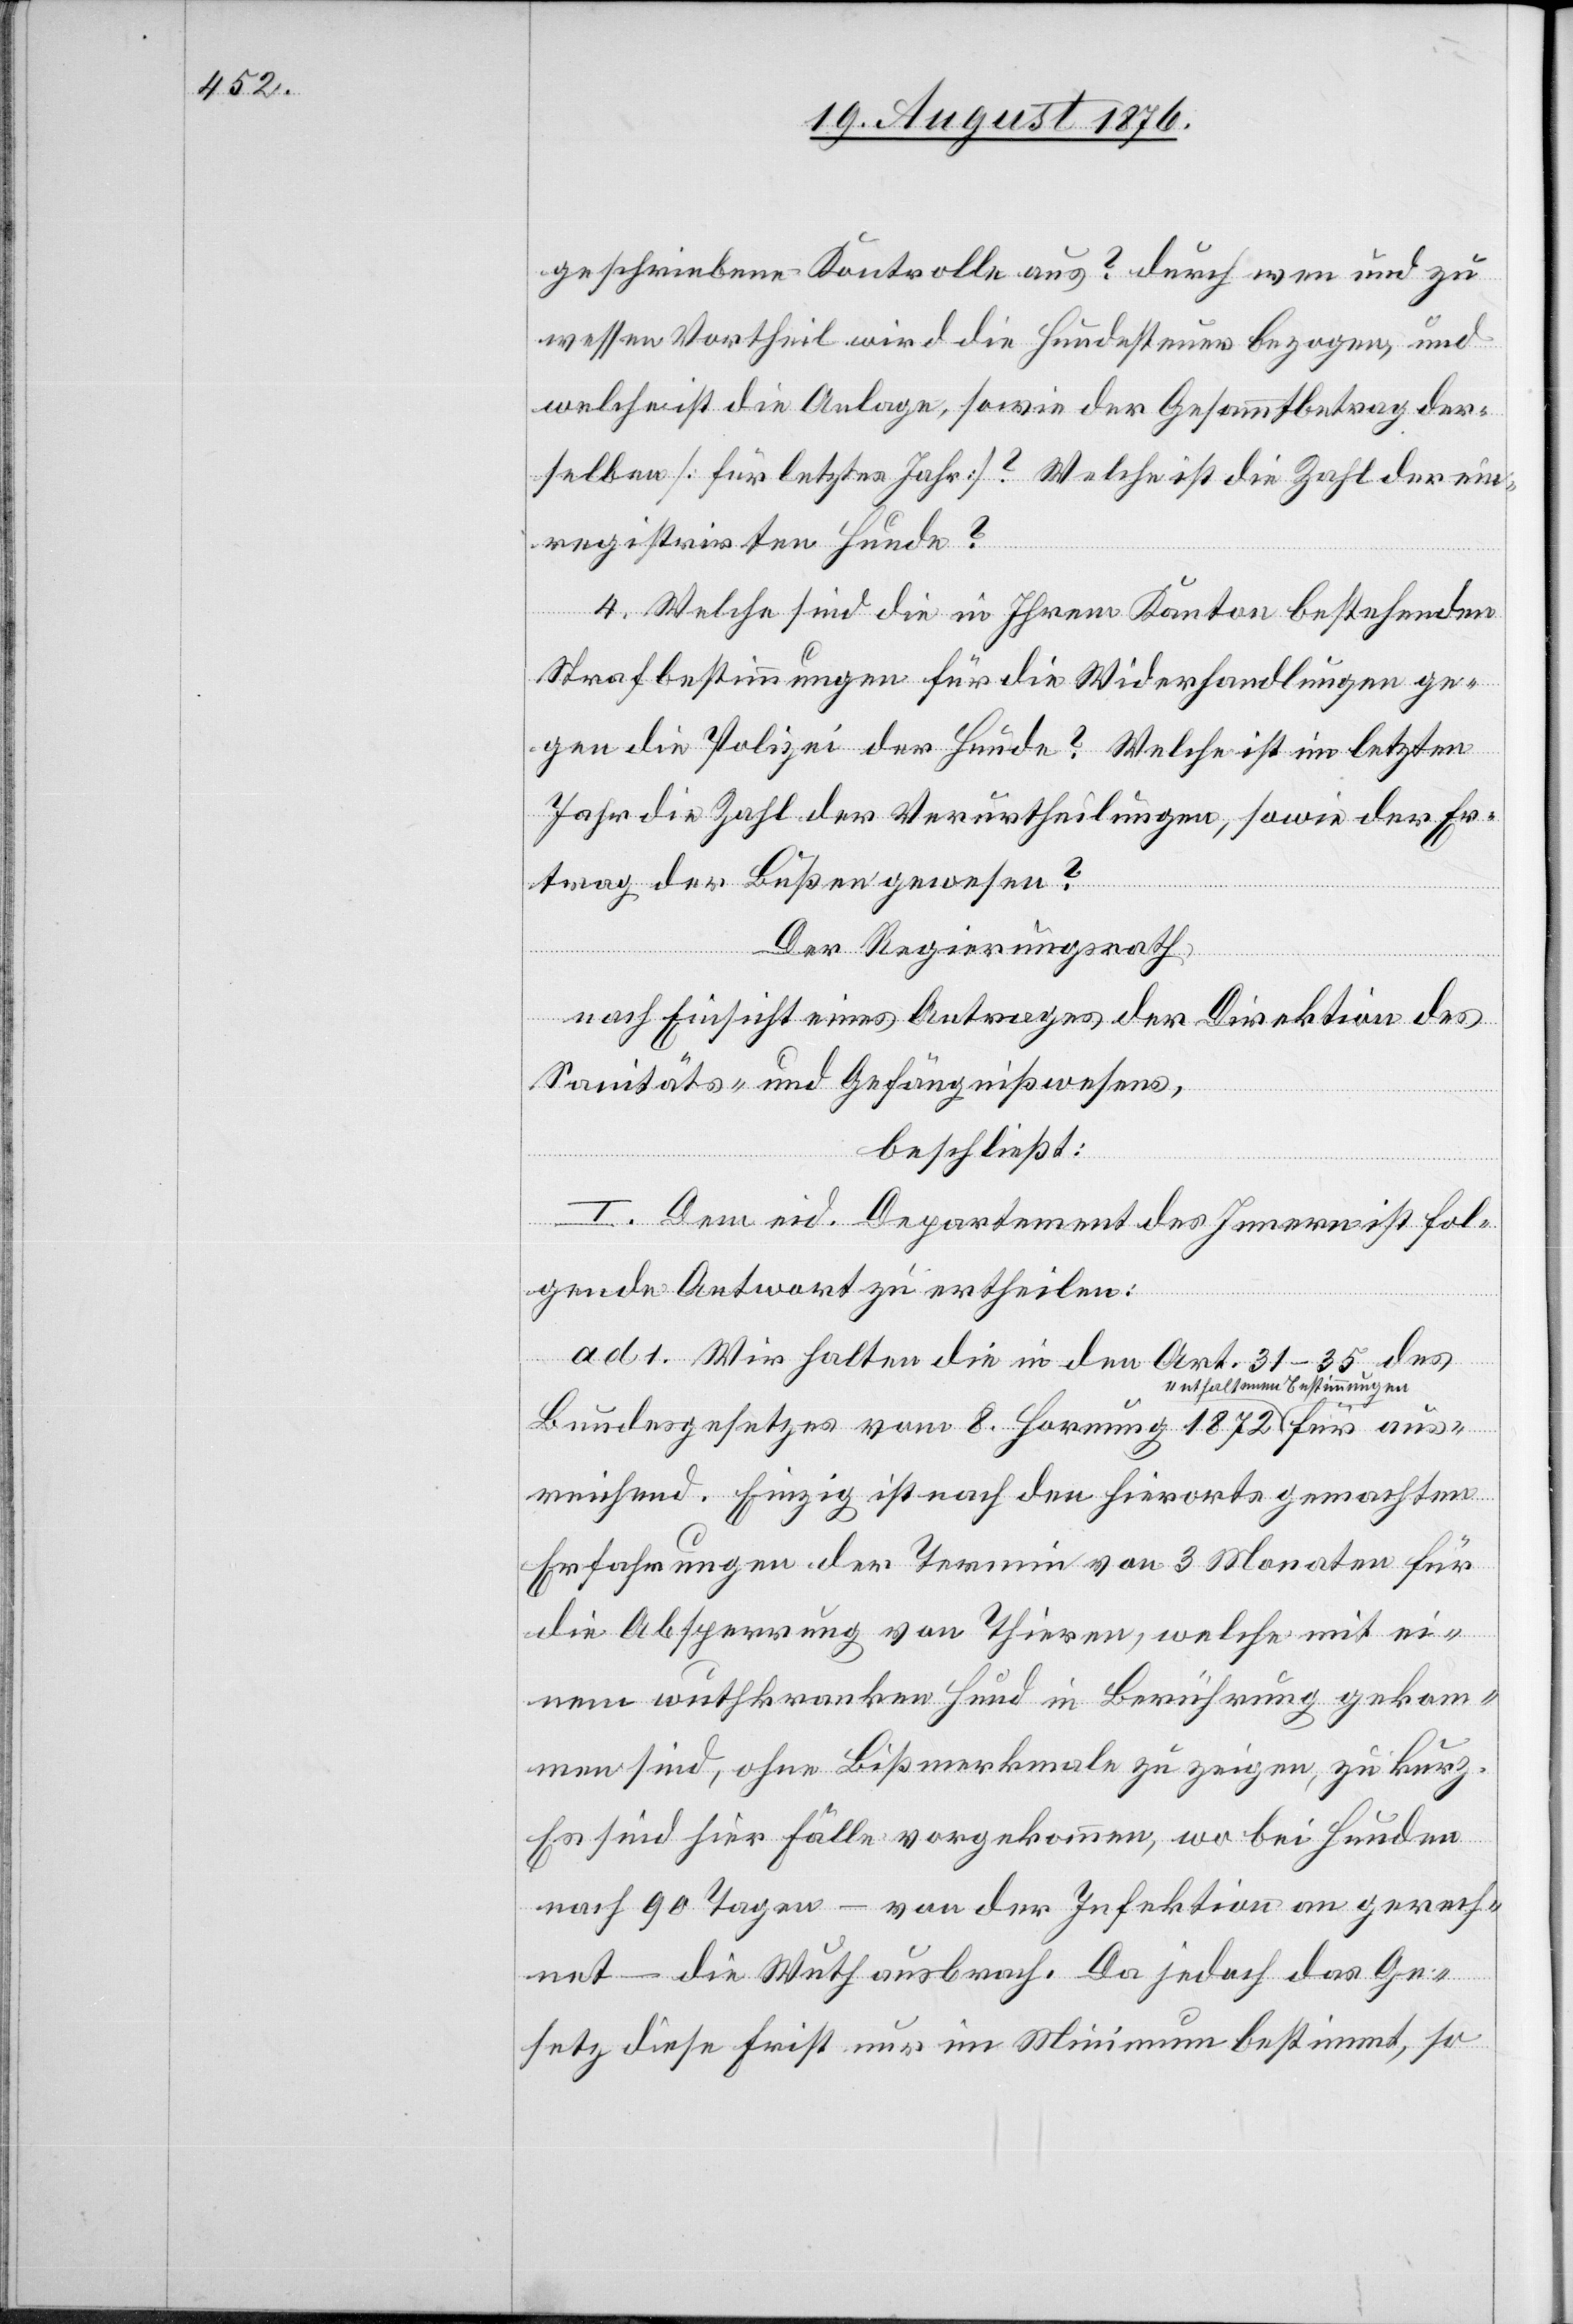
geschriebene Kontrolle aus? durch wen und zu
wessen Vortheil wird die Hundesteuer bezogen , und
welche ist die Anlage, sowie der Gesammtbetrag der¬
selben [für letztes Jahr]? Welche ist die Zahl der un¬
registrirten Hunde?
4. Welche sind die in Ihrem Kanton bestehenden
Strafbestimmungen für die Widerhandlungen ge¬
gen die Polizei der Hunde? Welche ist im letzten
Jahr die Zahl der Verurtheilungen, sowie der Er¬
trag der Bußen gewesen?
Der Regierungsrath,
nach Einsicht eines Antrages der Direktion des
Sanitäts- und Gefängnißwesens,
beschließt:
I. Dem eid. Departement des Innern ist fol¬
gende Antwort zu ertheilen:
ad 1. Wir halten die in den Art. 31–35 des
enthaltenen Bestimmungen
Bundesgesetzes vom 8. Hornung 1872 a
sreichend. Einzig ist nach den hierorts gemachten
Erfahrungen der Termin von 3 Monaten für
für
die Absperrung von Thieren, welche mit ei¬
nem wuthkranken Hund in Berührung gekom¬
men sind, ohne Bißmerkmale zu zeigen, zu kurz.
Es sind hier Fälle vorgekommen, wo bei Hunden
nach 90 Tagen – von der Infektion an gerech¬
net – die Wuth ausbrach. Da jedoch das Ge¬
setz diese Frist nur im Minimum bestimmt, so

au¬